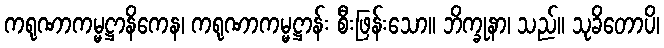
ကရုဏာကမ္မဋ္ဌာနိကေန၊ ကရုဏာကမ္မဋ္ဌာန်း စီးဖြန်းသော။ ဘိက္ခုနာ၊ သည်။ သုခိတောပိ၊